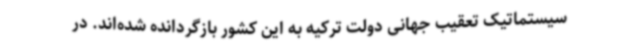
سیستماتیک تعقیب جهانی دولت ترکیه به این کشور بازگردانده شده‌اند. در